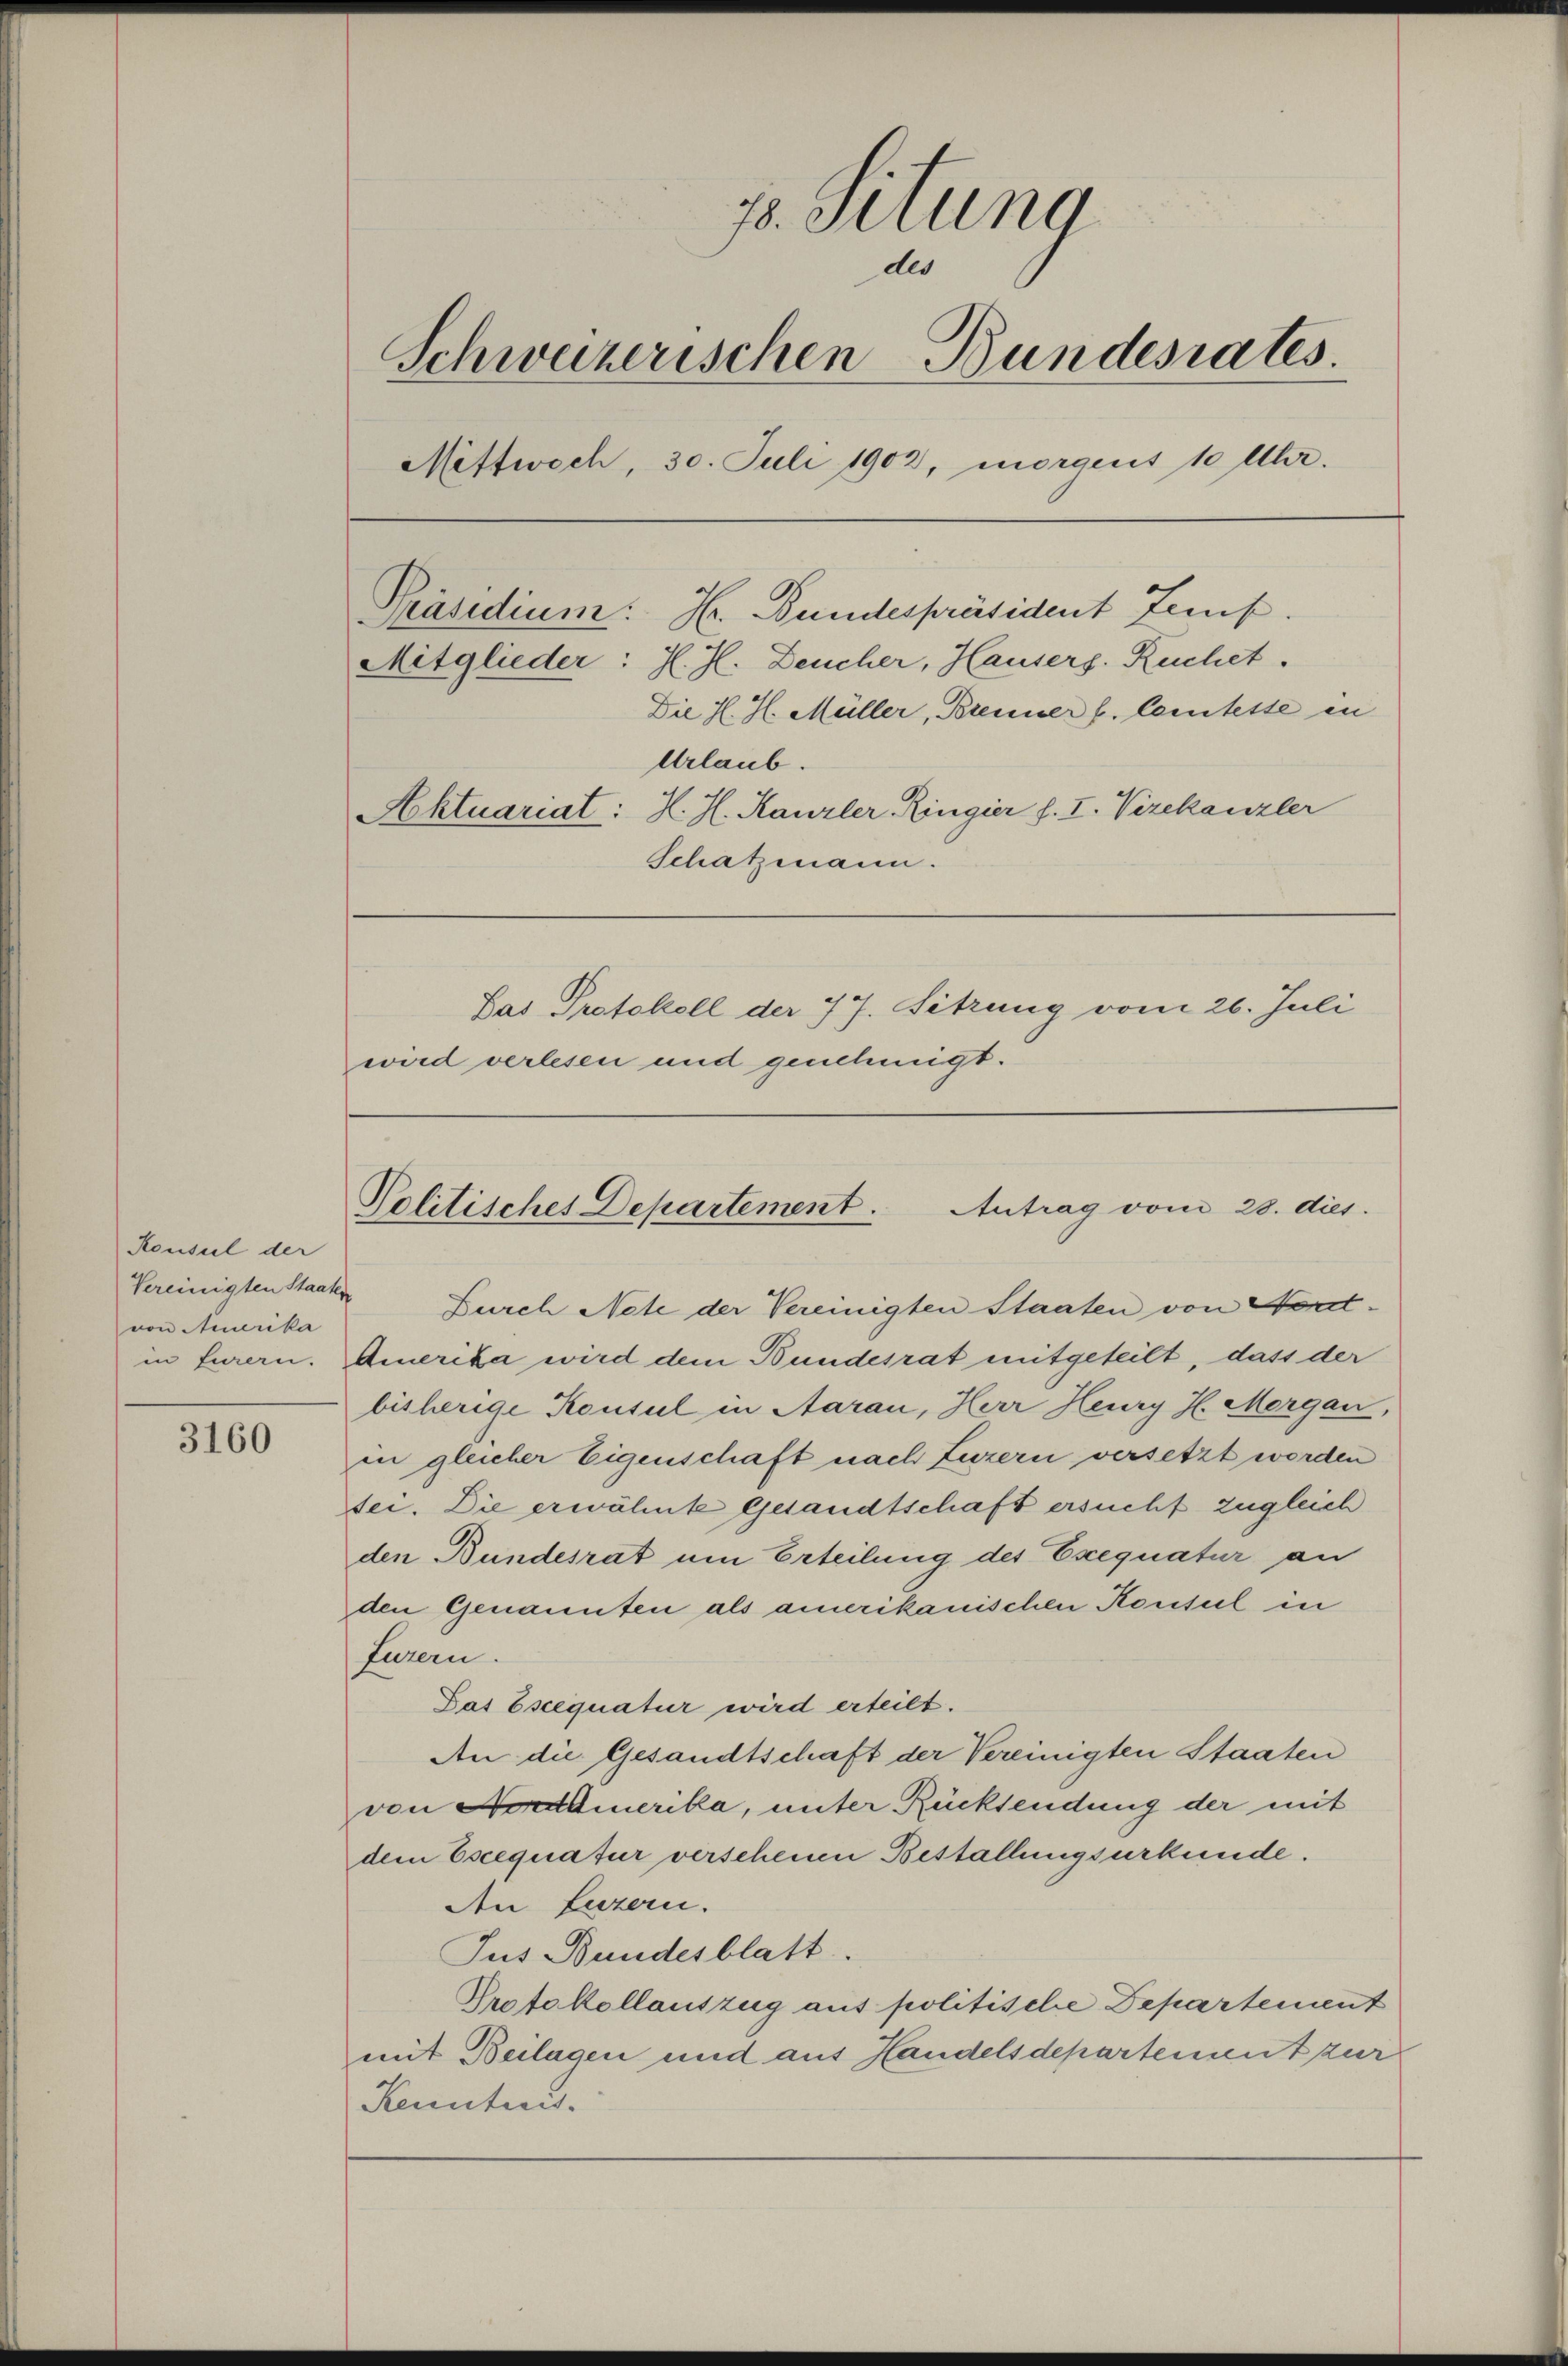
Konsul der
von Amerika

3160

78. Situng
des
Schweizerischen Bundesrates.
Mittwoch, 30. Juli 1902, morgens 10 Uhr.
Präsidium: Hr. Bundespräsident Zeit.
Mitglieder: H. H. Deucher, Hausers. Ruchet.
Die H. H. Müller, Brenner f. Comtesse in
Urlaub.
Aktuariat: H. H. Kanzler Ringier f. I. Vizekanzler
Schatzmann.
Sas Protokoll der 77. Sitzung vom 26. Juli
wird verlesen und genehmigt.

Politisches Departement. Antrag vom 28. dies

Vereinigten Staate Durch Note der Vereinigten Staaten von Hortin Eurern. Amerika wird dem Bundesrat mitgeteilt, dass der
bisherige Konsul in Aarau, Herr Heury H. Mergan,
in gleicher Eigenschaft nach Luzern versetzt worden
sei. Die erwähnte Gesandtschaft ersucht zugleich
den Bundesrat um Erteilung des Exequatur an
den Genannten als amerikanischen Konsul in
Jurern.
Das Escequatur wird erteilt.
An die Gesandtschaft der Vereinigten Staaten
von Nordamerika, unter Rücksendung der mit
dem Escequatur verscheine Bestallungsurkunde.
den Luzern.
Jus Bundesblatt.
Protokollauszug aus politische Departement
mit Beilagen und aus Handelsdepartement zur
Kenntnis.